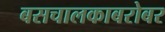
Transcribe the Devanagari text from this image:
बसचालकाबरोबर